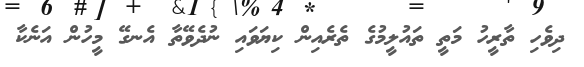
ދިވެހި ތާރީހު މަތީ ތައުލީމުގެ ތެރެއިން ކިޔަވައި ނުދެވޭތާ އެނގޭ މީހުން އަނެކާ